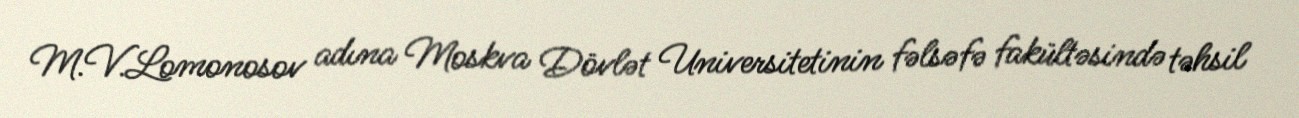
M.V.Lomonosov adına Moskva Dövlət Universitetinin fəlsəfə fakültəsində təhsil